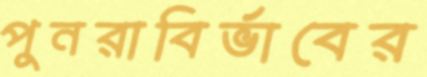
পুনরাবির্ভাবের